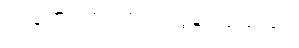
လရောင်က ကြည်လွန်းလှသည်။